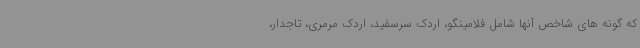
که گونه های شاخص آنها شامل فلامینگو، اردک سرسفید، اردک مرمری، تاجدار،